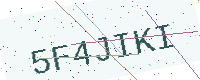
Text: 5F4JIKI